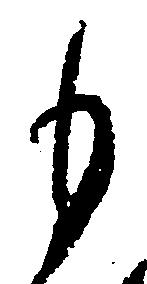
も